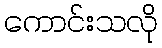
ကောင်းသလို